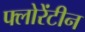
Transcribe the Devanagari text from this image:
फ्लोरेंटीन